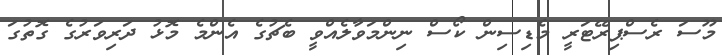
މޫސަ ރެސްޕިރޭޓަރީ މެޑިސިން ކޯސް ނިންމަވާލެއްވީ ބެޗުގެ އެންމެ މޮޅު ދަރިވަރުގެ ގޮތުގަ